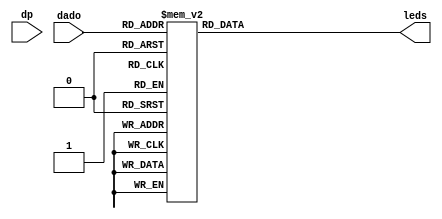
module  display7seg(dp, dado, leds);
input dp;
input [3:0] dado;
output reg [7:0] leds;
	always @(*) begin
		case (dado) // como o input  [3:0], a entrada deve ser caracterizada com 4 bits
			4'b0000: leds <= ~8'b00111111; // 0
			4'b0001: leds <= ~8'b00000110; // 1
			4'b0010: leds <= ~8'b01011011; // 2
			4'b0011: leds <= ~8'b01001111; // 3
			4'b0100: leds <= ~8'b01100110; // 4
			4'b0101: leds <= ~8'b01101101; // 5
			4'b0110: leds <= ~8'b01111101; // 6
			4'b0111: leds <= ~8'b00000111; // 7
			4'b1000: leds <= ~8'b01111111; // 8
			4'b1001: leds <= ~8'b01101111; // 9
			4'b1010: leds <= ~8'b01110111; // A ou 10
			4'b1011: leds <= ~8'b01111100; // B ou 11 
			4'b1100: leds <= ~8'b01011000; // C ou 12
			4'b1101: leds <= ~8'b01011110; // D ou 13
			4'b1110: leds <= ~8'b01111001; // E ou 14
			4'b1111: leds <= ~8'b01110001; // F ou 15
			default: leds <= ~8'b11111111; // default
		endcase
	end
	
endmodule